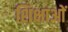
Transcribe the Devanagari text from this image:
शिक्षाआें